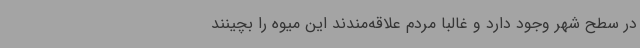
در سطح شهر وجود دارد و غالباً مردم علاقه‌مندند این میوه را بچینند